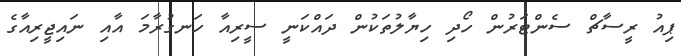
ޕިއު ރީސާޗް ސެންޓަރުން ހޯދި ހިޔާލުތަކުން ދައްކަނީ ސީރިއާ ހަނގުރާމަ އާއި ނައިޖީރިއާގެ